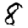
Digit: 8